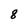
Character: 8